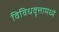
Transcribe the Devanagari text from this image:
विविधवृत्तामध्ये